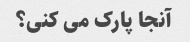
آنجا پارک می کنی؟